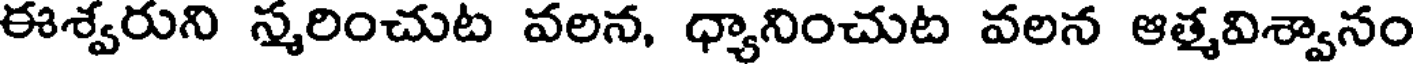
ఈశ్వరుని స్మరించుట వలన, ధ్యానించుట వలన ఆత్మవిశ్వానం